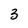
Character: 3